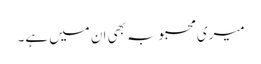
میری محبوبہ بھی ان میں ہے۔